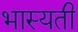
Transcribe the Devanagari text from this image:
भास्यती